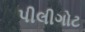
પીલીગોટ